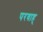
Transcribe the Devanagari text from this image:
परवाह्